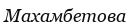
Махамбетова